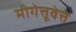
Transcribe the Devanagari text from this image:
मीगेत्तूवेत्ते